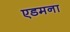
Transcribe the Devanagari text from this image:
एडमना